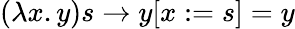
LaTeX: (\lambda x.y)s\to y[x:=s]=y